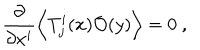
\frac { \partial } { \partial x ^ { i } } \left\langle T _ { j } ^ { i } ( x ) \mathcal { O } ( y ) \right\rangle = 0 ~ ,